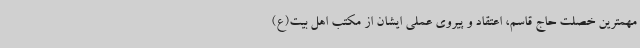
مهمترین خصلت حاج قاسم، اعتقاد و پیروی عملی ایشان از مکتب اهل بیت(ع)